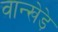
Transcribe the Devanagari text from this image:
वान्खेड़े